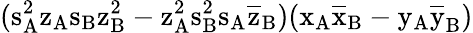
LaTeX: (\mathrm{s_{A}^{2}\mathrm{z_{A}\mathrm{s_{B}\mathrm{z_{B}^{2}-\mathrm{z_{A}^{2}\mathrm{s_{B}^{2}\mathrm{s_{A}\mathrm{\overline{{z}}_{B})(\mathrm{x_{A}\mathrm{\overline{{x}}_{B}-\mathrm{y_{A}\mathrm{\overline{{y}}_{B})}}}}}}}}}}}}